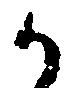
か